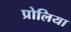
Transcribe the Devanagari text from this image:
प्रोलिया